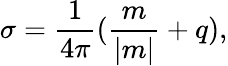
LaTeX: \sigma=\frac 1{4\pi}(\frac m{|m|}+q),